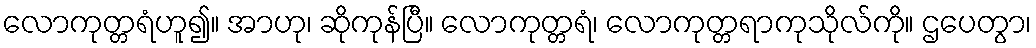
လောကုတ္တရံဟူ၍။ အာဟု၊ ဆိုကုန်ပြီ။ လောကုတ္တရံ၊ လောကုတ္တရာကုသိုလ်ကို။ ဌပေတွာ၊